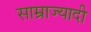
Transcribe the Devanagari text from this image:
साम्राज्यादी